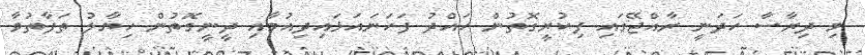
މި ދިރާސާ ހަދަނީ ރާއްޖޭގައި ފިކުރީގޮތުން ހައްދު ފަހަނައަޅައިދިއުމާއި ދީނީގޮތުން ހިޔާލު ތަފާތުވާ